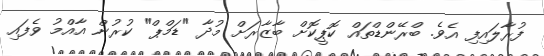
ފުރާލައިފިި އެވެ. ބްރޭންޑްތައް ކޮޕީކޮށް ބާޒާރަށް މުދާ "ޑަމްޕް" ކުރުން އާއްމު ވެފައި